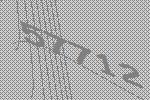
57712